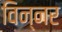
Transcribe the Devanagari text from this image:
विन्नर